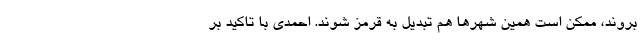
بروند، ممکن است همین شهرها هم تبدیل به قرمز شوند. احمدی با تاکید بر